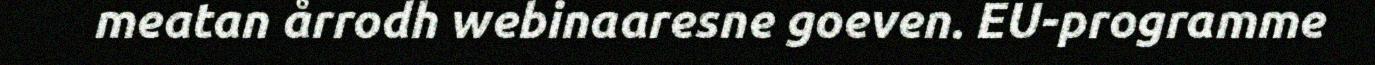
meatan årrodh webinaaresne goeven. EU-programme